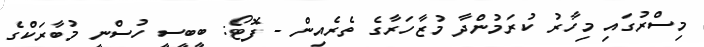
މިސްރުގައި މިހާރު ކުރަމުންދާ މުޒާހަރާގެ ތެރެއިން - ފޮޓޯ: ބީބީސީ ހުސްނީ މުބާރަކްގެ